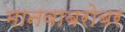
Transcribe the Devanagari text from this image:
मानवाबरोबर